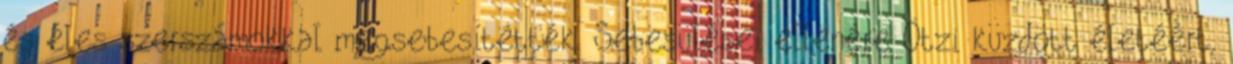
és éles szerszámokkal megsebesítették. Sebesülései ellenére Ötzi küzdött életéért,